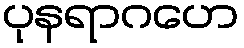
ပုနရာဂဟေ